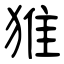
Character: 猚